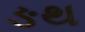
ઙથ